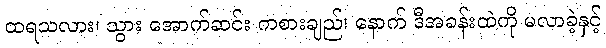
ထရသလား၊ သွား အောက်ဆင်း ကစားချည်၊ နောက် ဒီအခန်းထဲကို မလာခဲ့နှင့်